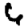
Digit: 6